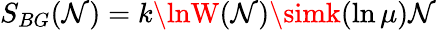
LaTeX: S_{BG}(\mathcal{N})=k\lnW(\mathcal{N})\simk(\ln\mu)\mathcal{N}